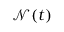
\mathcal { N } ( t )